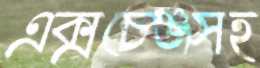
এক্সচেঞ্জসহ